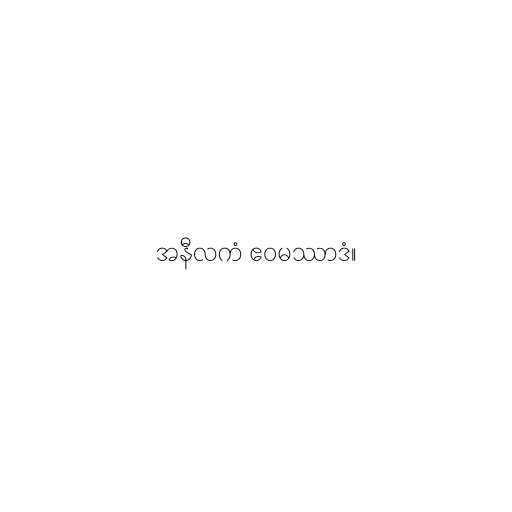
အနီလကံ ဧဝမဿာဒံ။